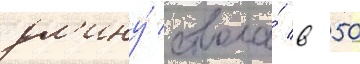
дл'ину́ ствола́ в 50